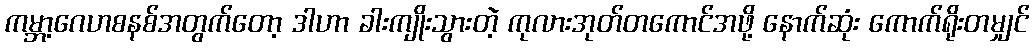
ကမ္ဘာ့ဂေဟစနစ်အတွက်တော့ ဒါဟာ ခါးကျိုးသွားတဲ့ ကုလားအုတ်တကောင်အဖို့ နောက်ဆုံး ကောက်ရိုးတမျှင်